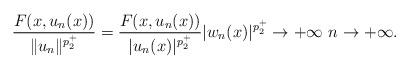
LaTeX: \begin{align*} \frac{F(x,u_n(x))}{\|u_n\|^{p_2^+}}=\frac{F(x,u_n(x))}{|u_n(x)|^{p_2^+}}|w_n(x)|^{p_2^+}\to+\infty\ n\to+\infty.\end{align*}